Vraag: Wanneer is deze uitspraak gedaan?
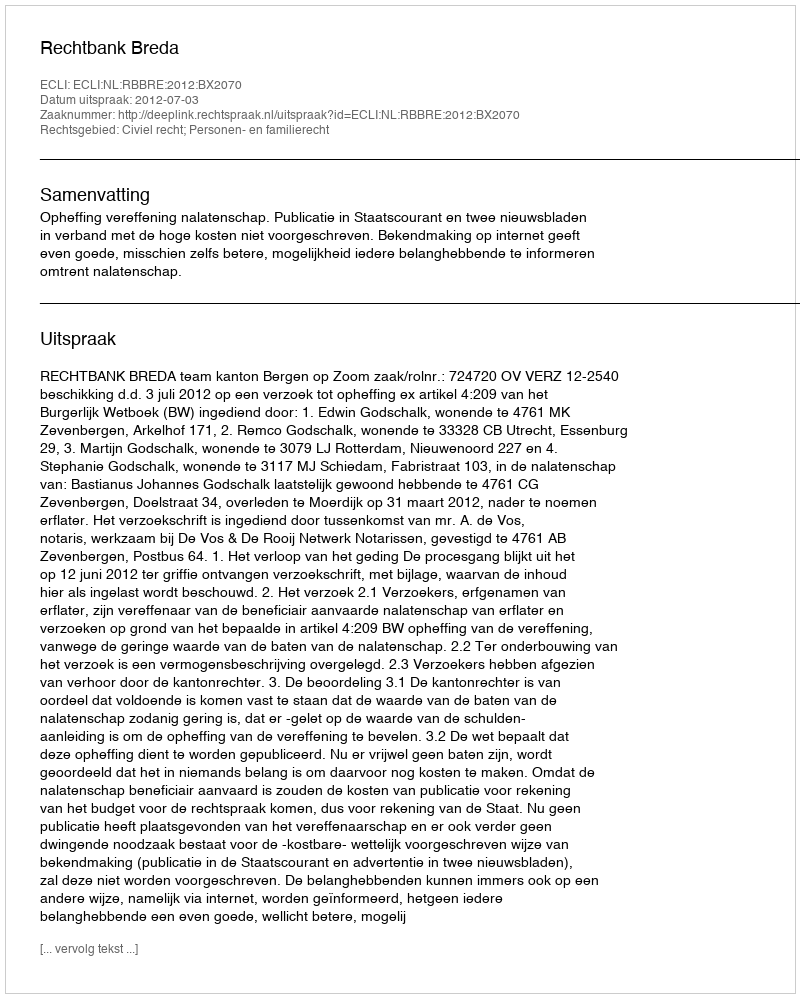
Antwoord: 2012-07-03